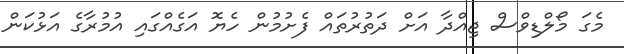
މެގަ މޯލްޑިވްސް ޖިއްދާ އަށް ދަތުރުތައް ފެށުމުން ހެޔޮ އަގެއްގައި އުމުރާގެ އަޅުކަން